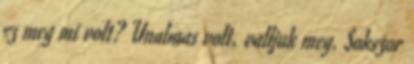
ez meg mi volt? Unalmas volt, valljuk meg. Sokszor